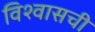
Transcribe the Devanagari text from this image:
विश्वासची